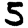
Digit: 5